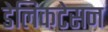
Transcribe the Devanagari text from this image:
डेलिकटेसन